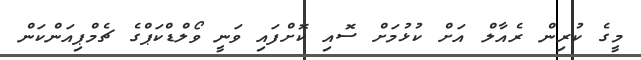
މީގެ ކުރިން ރެއާލް އަށް ކުޅުމަށް ސޮއި ކޮށްފައި ވަނީ ވޯލްޑްކަޕްގެ ޗެމްޕިއަންކަން